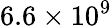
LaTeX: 6.6\times 10^{9}